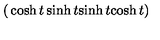
\left( \begin{matrix} { \cosh t } & { \sinh t } \\ { \sinh t } & { \cosh t } \\ \end{matrix} \right)